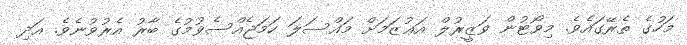
މަހުގެ ތެރޭގައެވެ. މިވޯޓުން ވަޒީރުލް އަޢުޒަމަށް މައްސަލަ ހަމަޖެއްސެވުމުގެ ބާރު އެރުވުނެވެ. އަދި